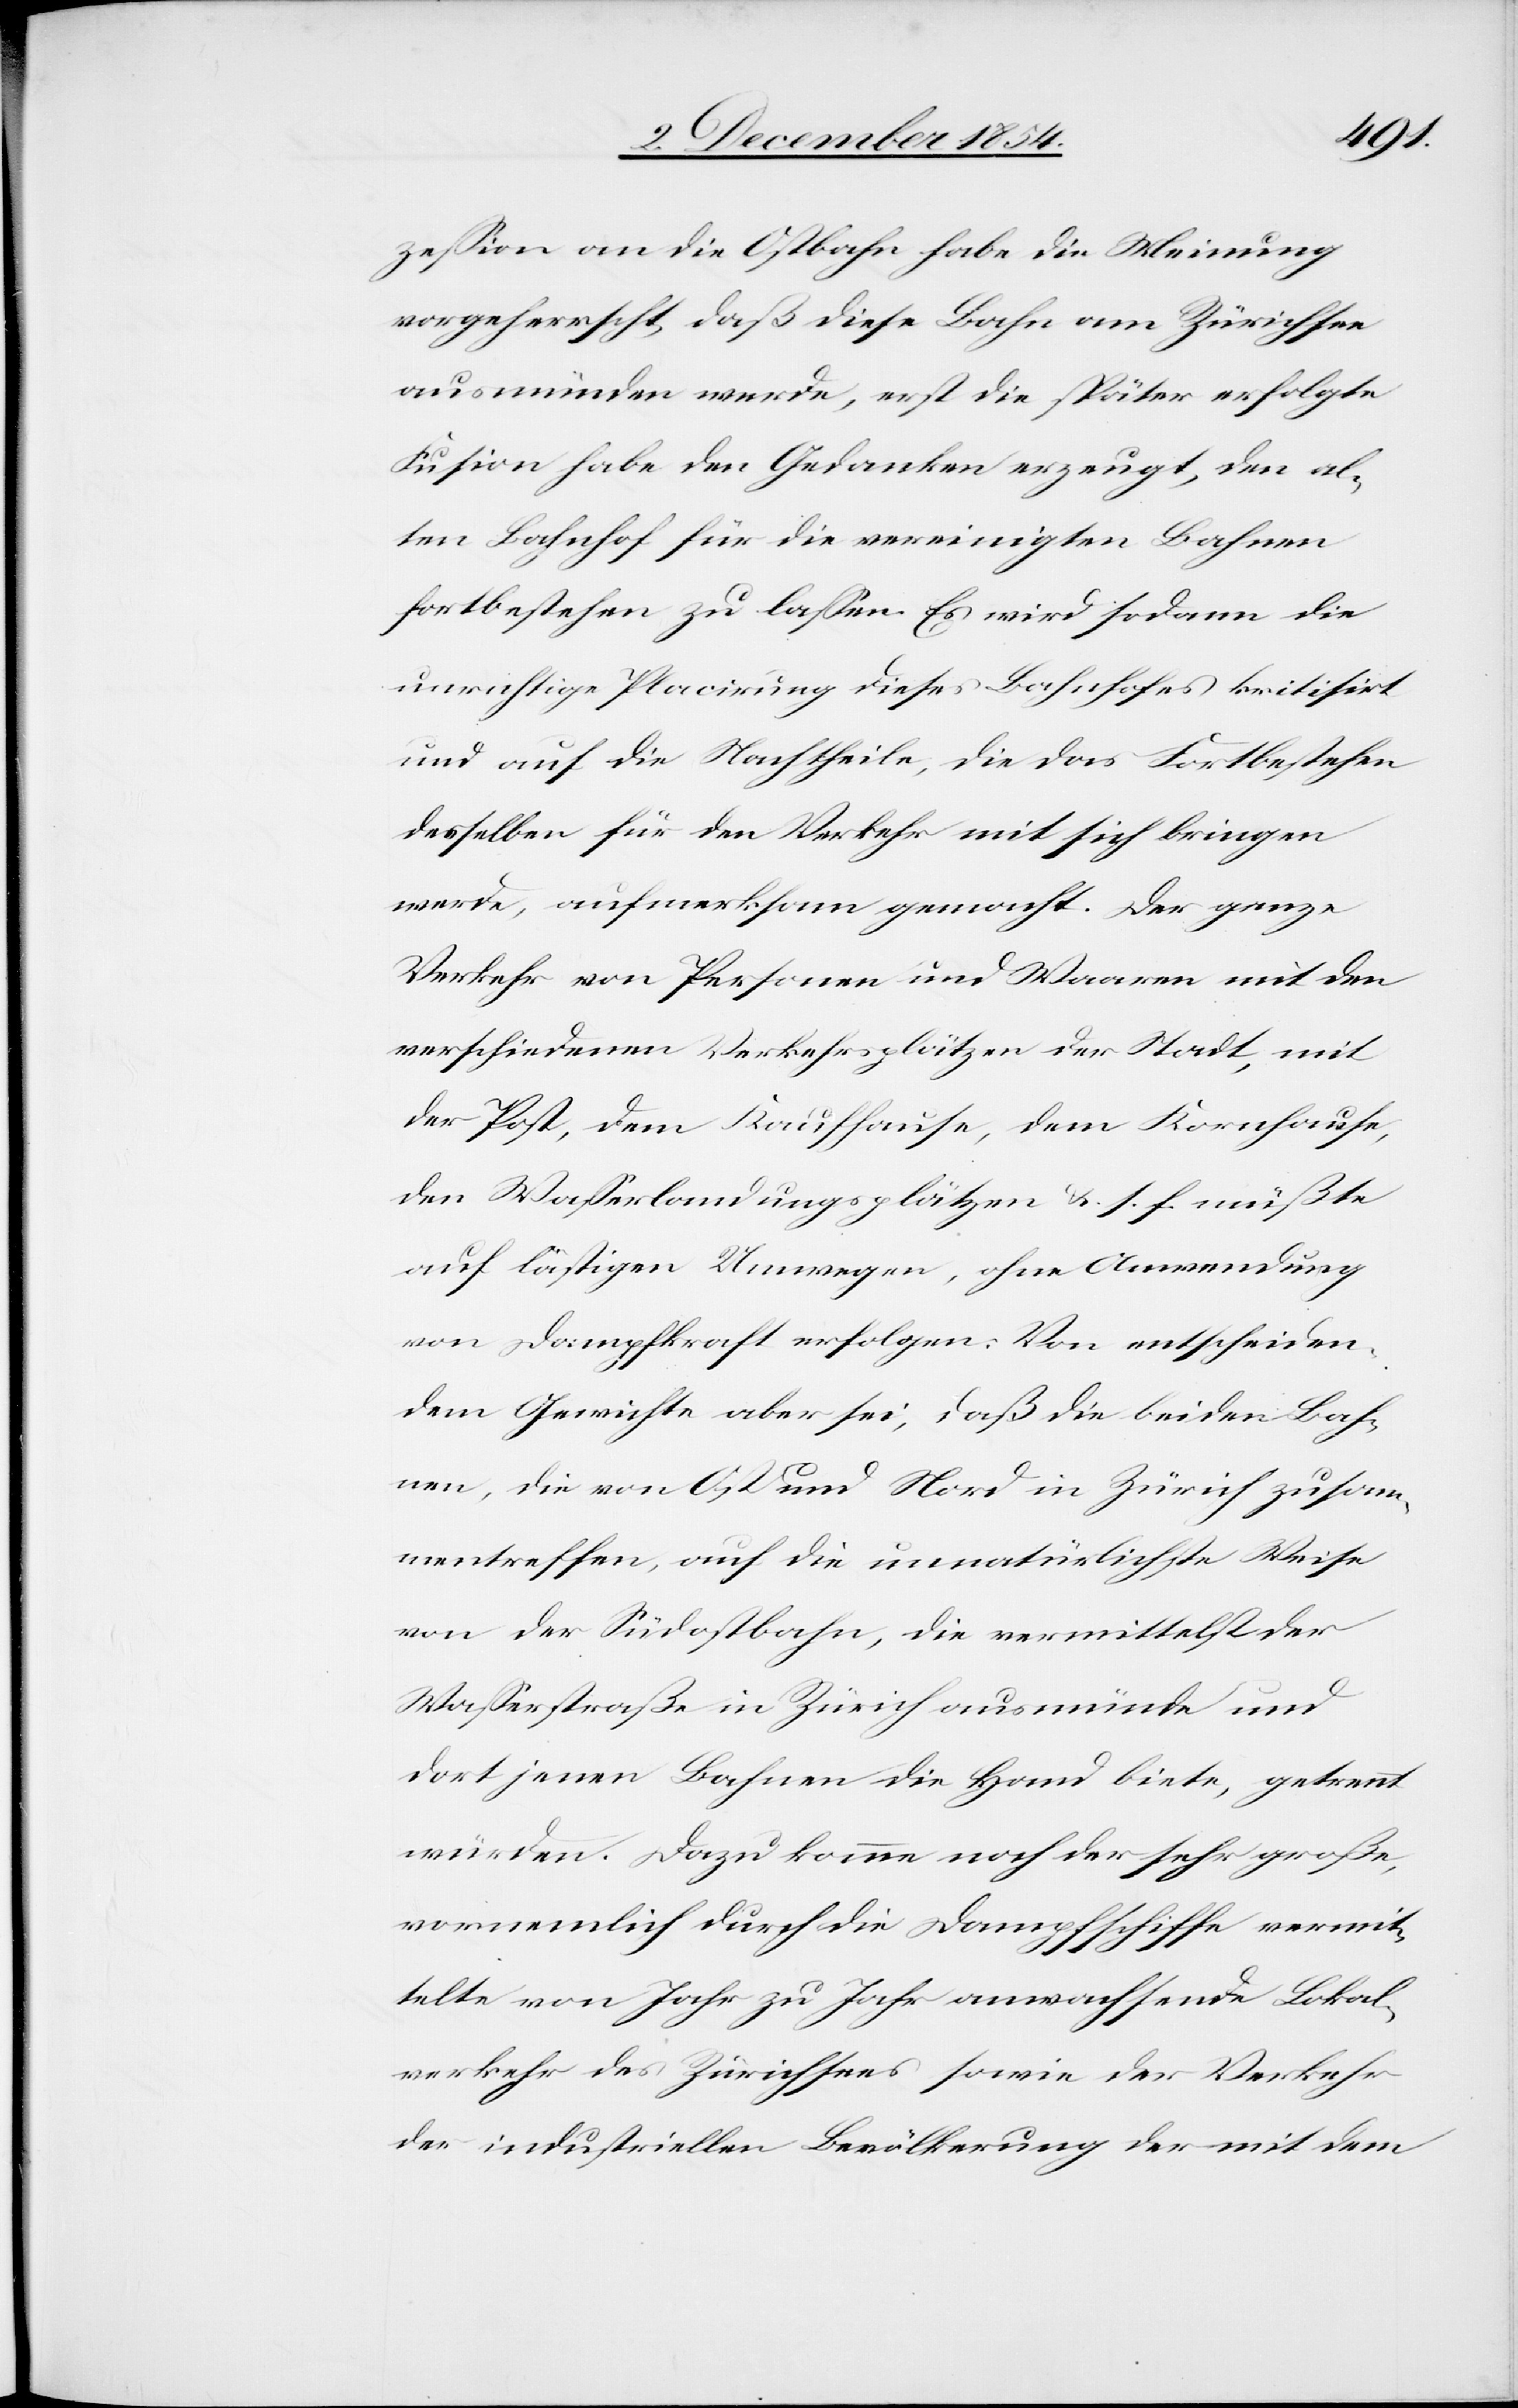
zeßion an die Ostbahn habe die Meinung
vorgeherrscht, daß diese Bahn am Zürichsee
ausmünden werde, erst die später erfolgte
Fusion habe den Gedanken erzeugt, den al¬
ten Bahnhof für die vereinigten Bahnen
fortbestehen zu laßen. Es wird sodann die
unrichtige Placirung dieses Bahnhofes kritisirt
und auf die Nachtheile, die das Fortbestehen
desselben für den Verkehr mit sich bringen
werde, aufmerksam gemacht. Der ganze
Verkehr von Personen und Waaren mit den
verschiedenen Verkehrsplätzen der Stadt, mit
der Post, dem Kaufhause, dem Kornhause,
den Waßerlandungsplätzen u. s. f. müßte
auf lästigen Umwegen, ohne Anwendung
von Dampfkraft erfolgen. Von entscheiden¬
dem Gewichte aber sei, daß die beiden Bah¬
nen, die von Ost und Nord in Zürich zusam¬
mentreffen, auf die unnatürlichste Weise
von der Südostbahn, die vermittelst der
Waßerstraße in Zürich ausmünde und
dort jenen Bahnen die Hand biete, getrennt
würden. Dazu komme noch der sehr große,
vornemlich durch die Dampfschiffe vermit¬
telte von Jahr zu Jahr anwachsende Lokal¬
verkehr des Zürichsees sowie der Verkehr
der industriellen Bevölkerung der mit dem